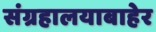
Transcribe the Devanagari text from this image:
संग्रहालयाबाहेर